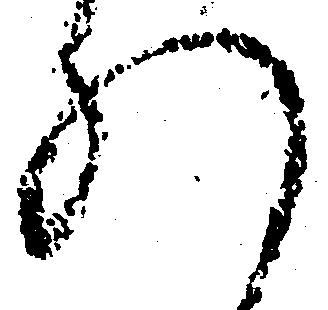
れ